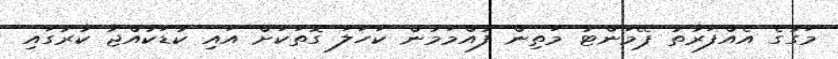
މަގުގެ އެއްފަރާތު ޕޭމަންޓު މަތިން ފުއްމަމުން ކަހަލަ ގޮތަކަށް އައި ކުޑަކުއްޖާ ކާރުގައި